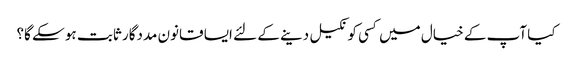
کیا آپ کے خیال میں کسی کو نکیل دینے کے لئے ایسا قانون مددگار ثابت ہو سکے گا؟